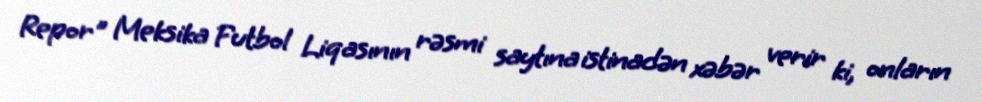
Repor" Meksika Futbol Liqasının rəsmi saytına istinadən xəbər verir ki, onların